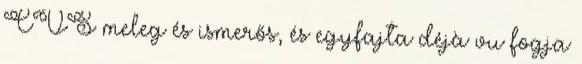
CVS meleg és ismerős, és egyfajta déjà vu fogja